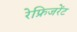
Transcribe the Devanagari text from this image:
रेफ्रिजरेंट